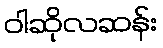
ဝါဆိုလဆန်း